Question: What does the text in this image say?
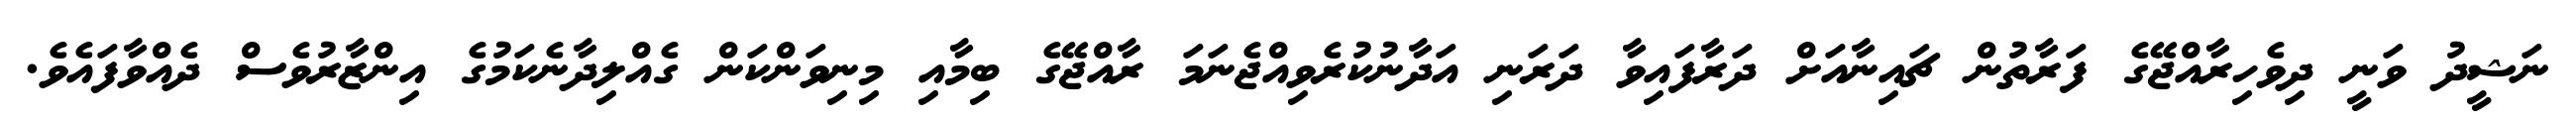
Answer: ނަޝީދު ވަނީ ދިވެހިރާއްޖޭގެ ފަރާތުން ޗައިނާއަށް ދަރާފައިވާ ދަރަނި އަދާނުކުރެވިއްޖެނަމަ ރާއްޖޭގެ ބިމާއި މިނިވަންކަން ގެއްލިދާނެކަމުގެ އިންޒާރުވެސް ދެއްވާފައެވެ.